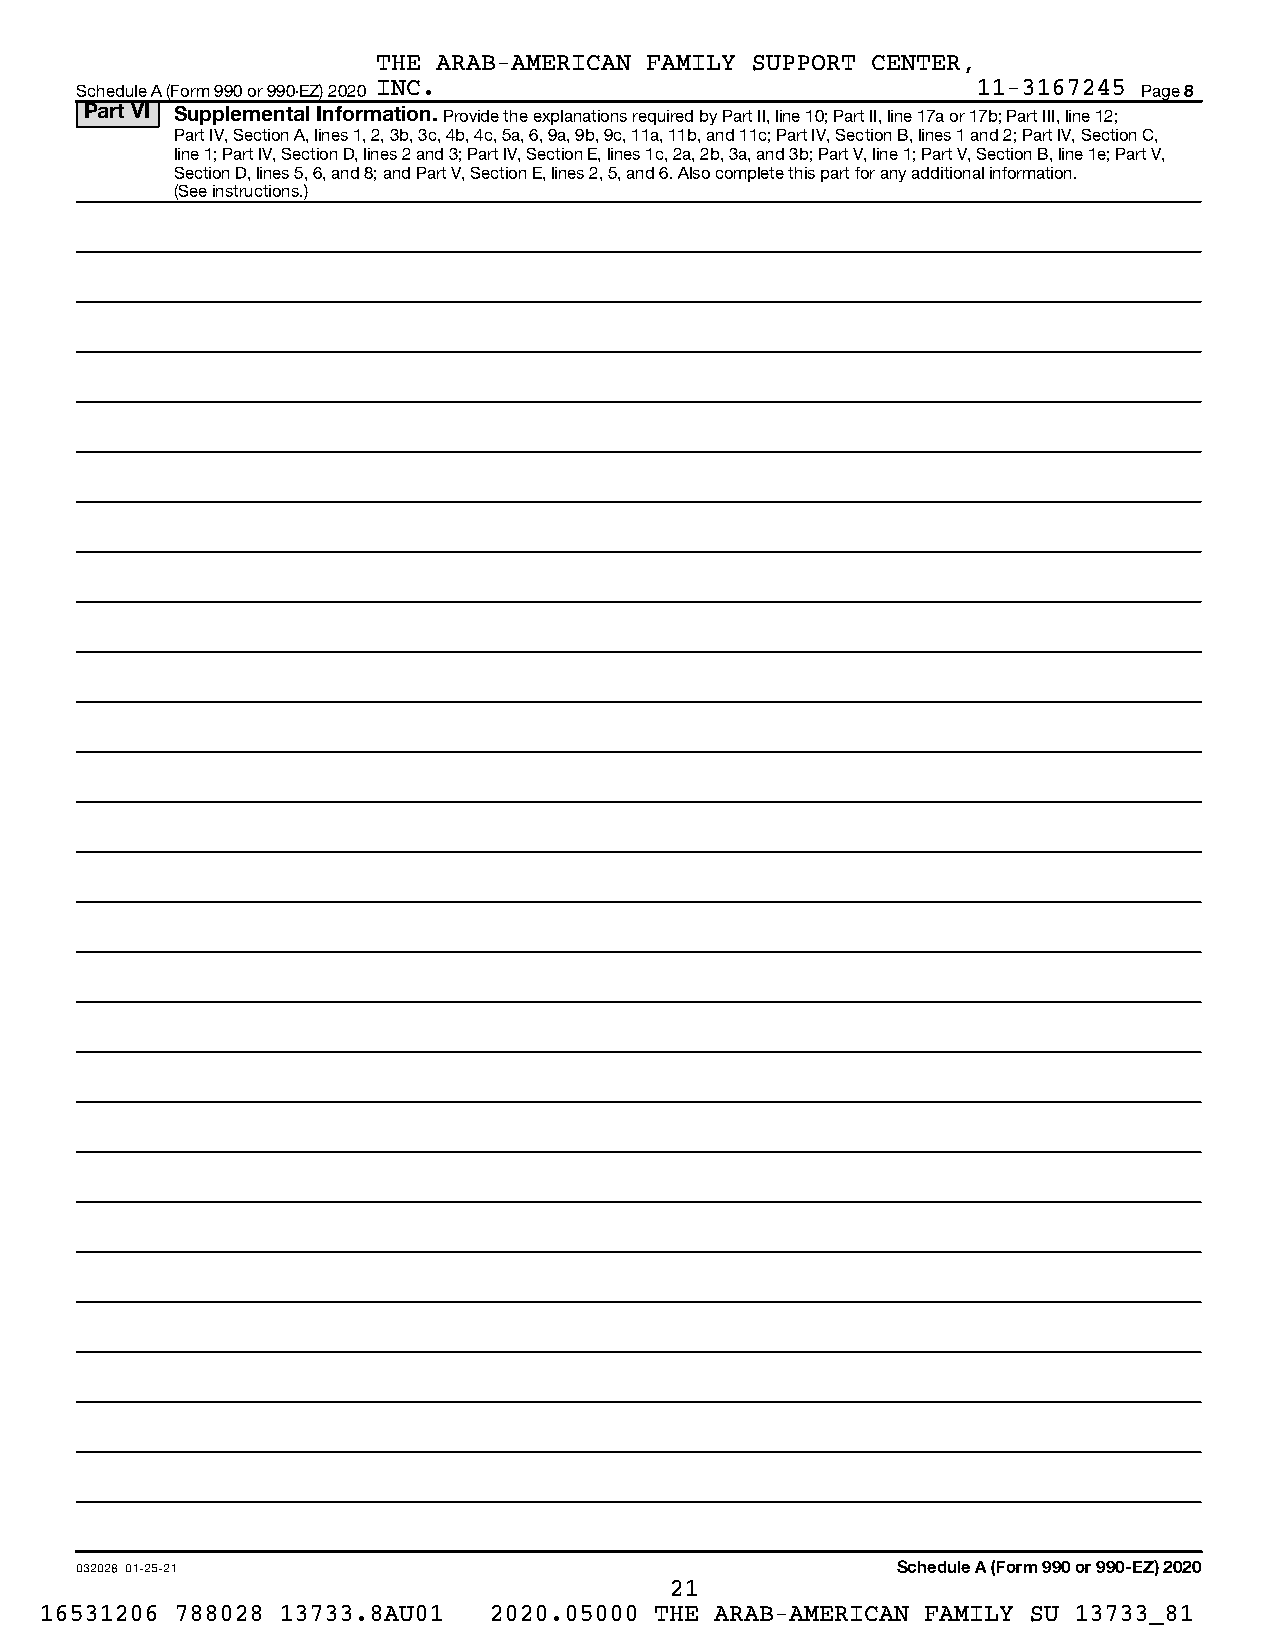
THE ARAB-AMERICAN FAMILY SUPPORT CENTER,
 Schedule A (Form 990 or 990-EZ) 2020 INC.                   11-3167245 Page 8
 Part VI Supplemental Information. Provide the explanations required by Part II, line 10; Part II, line 17a or 17b; Part III, line 12;
 Part IV, Section A, lines 1, 2, 3b, 3c, 4b, 4c, 5a, 6, 9a, 9b, 9c, 11a, 11b, and 11c; Part IV, Section B, lines 1 and 2; Part IV, Section C,
 line 1; Part IV, Section D, lines 2 and 3; Part IV, Section E, lines 1c, 2a, 2b, 3a, and 3b; Part V, line 1; Part V, Section B, line 1e; Part V,
 Section D, lines 5, 6, and 8; and Part V, Section E, lines 2, 5, and 6. Also complete this part for any additional information.
 (See instructions.)
 032028 01-25-21                                       Schedule A (Form 990 or 990-EZ) 2020
 21
 16531206 788028 13733.8AU01  2020.05000 THE ARAB-AMERICAN FAMILY SU 13733_81